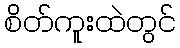
စိတ်ကူးထဲတွင်